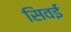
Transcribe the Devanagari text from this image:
सिवईं